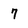
Character: 7